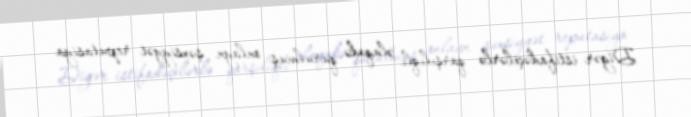
Digər istifadəçilərlə qarşılıqlı əlaqədə qurulmuş onlayn şəxsiyyət reputasiya